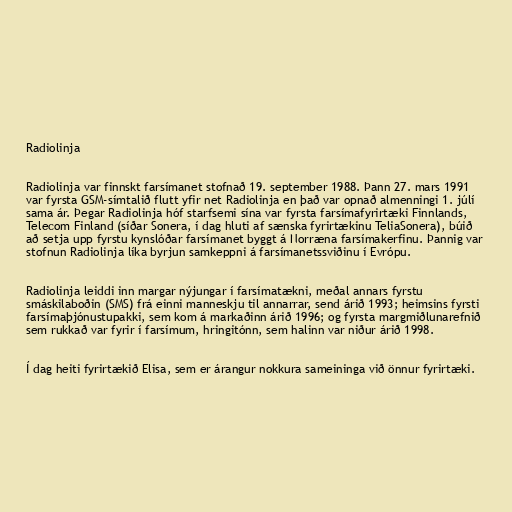
Radiolinja

Radiolinja var finnskt farsímanet stofnað 19. september 1988. Þann 27. mars 1991
var fyrsta GSM-símtalið flutt yfir net Radiolinja en það var opnað almenningi 1. júlí
sama ár. Þegar Radiolinja hóf starfsemi sína var fyrsta farsímafyrirtæki Finnlands,
Telecom Finland (síðar Sonera, í dag hluti af sænska fyrirtækinu TeliaSonera), búið
að setja upp fyrstu kynslóðar farsímanet byggt á Norræna farsímakerfinu. Þannig var
stofnun Radiolinja líka byrjun samkeppni á farsímanetssviðinu í Evrópu.

Radiolinja leiddi inn margar nýjungar í farsímatækni, meðal annars fyrstu
smáskilaboðin (SMS) frá einni manneskju til annarrar, send árið 1993; heimsins fyrsti
farsímaþjónustupakki, sem kom á markaðinn árið 1996; og fyrsta margmiðlunarefnið
sem rukkað var fyrir í farsímum, hringitónn, sem halinn var niður árið 1998.

Í dag heiti fyrirtækið Elisa, sem er árangur nokkura sameininga við önnur fyrirtæki.